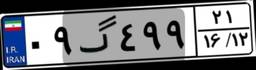
۶۴گ۴۶۴۶۷